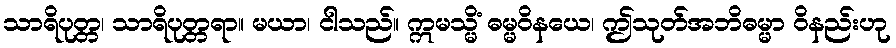
သာရိပုတ္တ၊ သာရိပုတ္တရာ။ မယာ၊ ငါသည်။ ဣမသ္မိံ ဓမ္မဝိနယေ၊ ဤသုတ်အဘိဓမ္မာ ဝိနည်းဟု